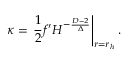
\kappa = \left. { \frac { 1 } { 2 } } f ^ { \prime } H ^ { - { \frac { D - 2 } { \Delta } } } \right| _ { r = r _ { h } } .